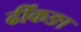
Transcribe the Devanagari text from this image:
ढींकङा